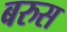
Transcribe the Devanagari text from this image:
बरुस